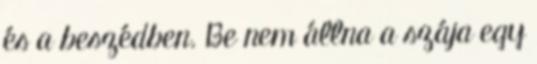
és a beszédben. Be nem állna a szája egy